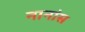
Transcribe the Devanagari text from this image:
नानांस